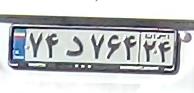
۷۴د۷۶۴۲۴